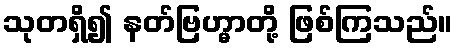
သုတရှိ၍ နတ်ဗြဟ္မာတို့ ဖြစ်ကြသည်။